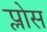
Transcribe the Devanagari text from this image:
प्लोस